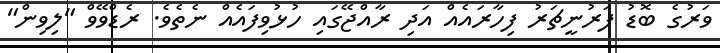
ވަރުގެ ބޮޑު ފަރުނީޗަރު ފިހާރައެއް އަދި ރާއްޖޭގައި ހުޅުވިފައެއް ނެތެވެ. ރެޑްވޭވް "ލިވިން"